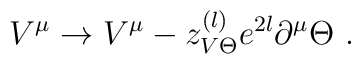
V^\mu \to V^\mu - z_{V\Theta}^{(l)}e^{2l}\partial^\mu \Theta \ .